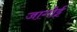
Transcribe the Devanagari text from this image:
जागोई